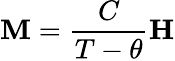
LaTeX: \mathbf{M}={\frac{C}{T-\theta}}\mathbf{H}